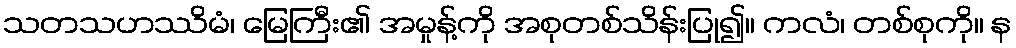
သတသဟဿိမံ၊ မြေကြီး၏ အမှုန့်ကို အစုတစ်သိန်းပြု၍။ ကလံ၊ တစ်စုကို။ န